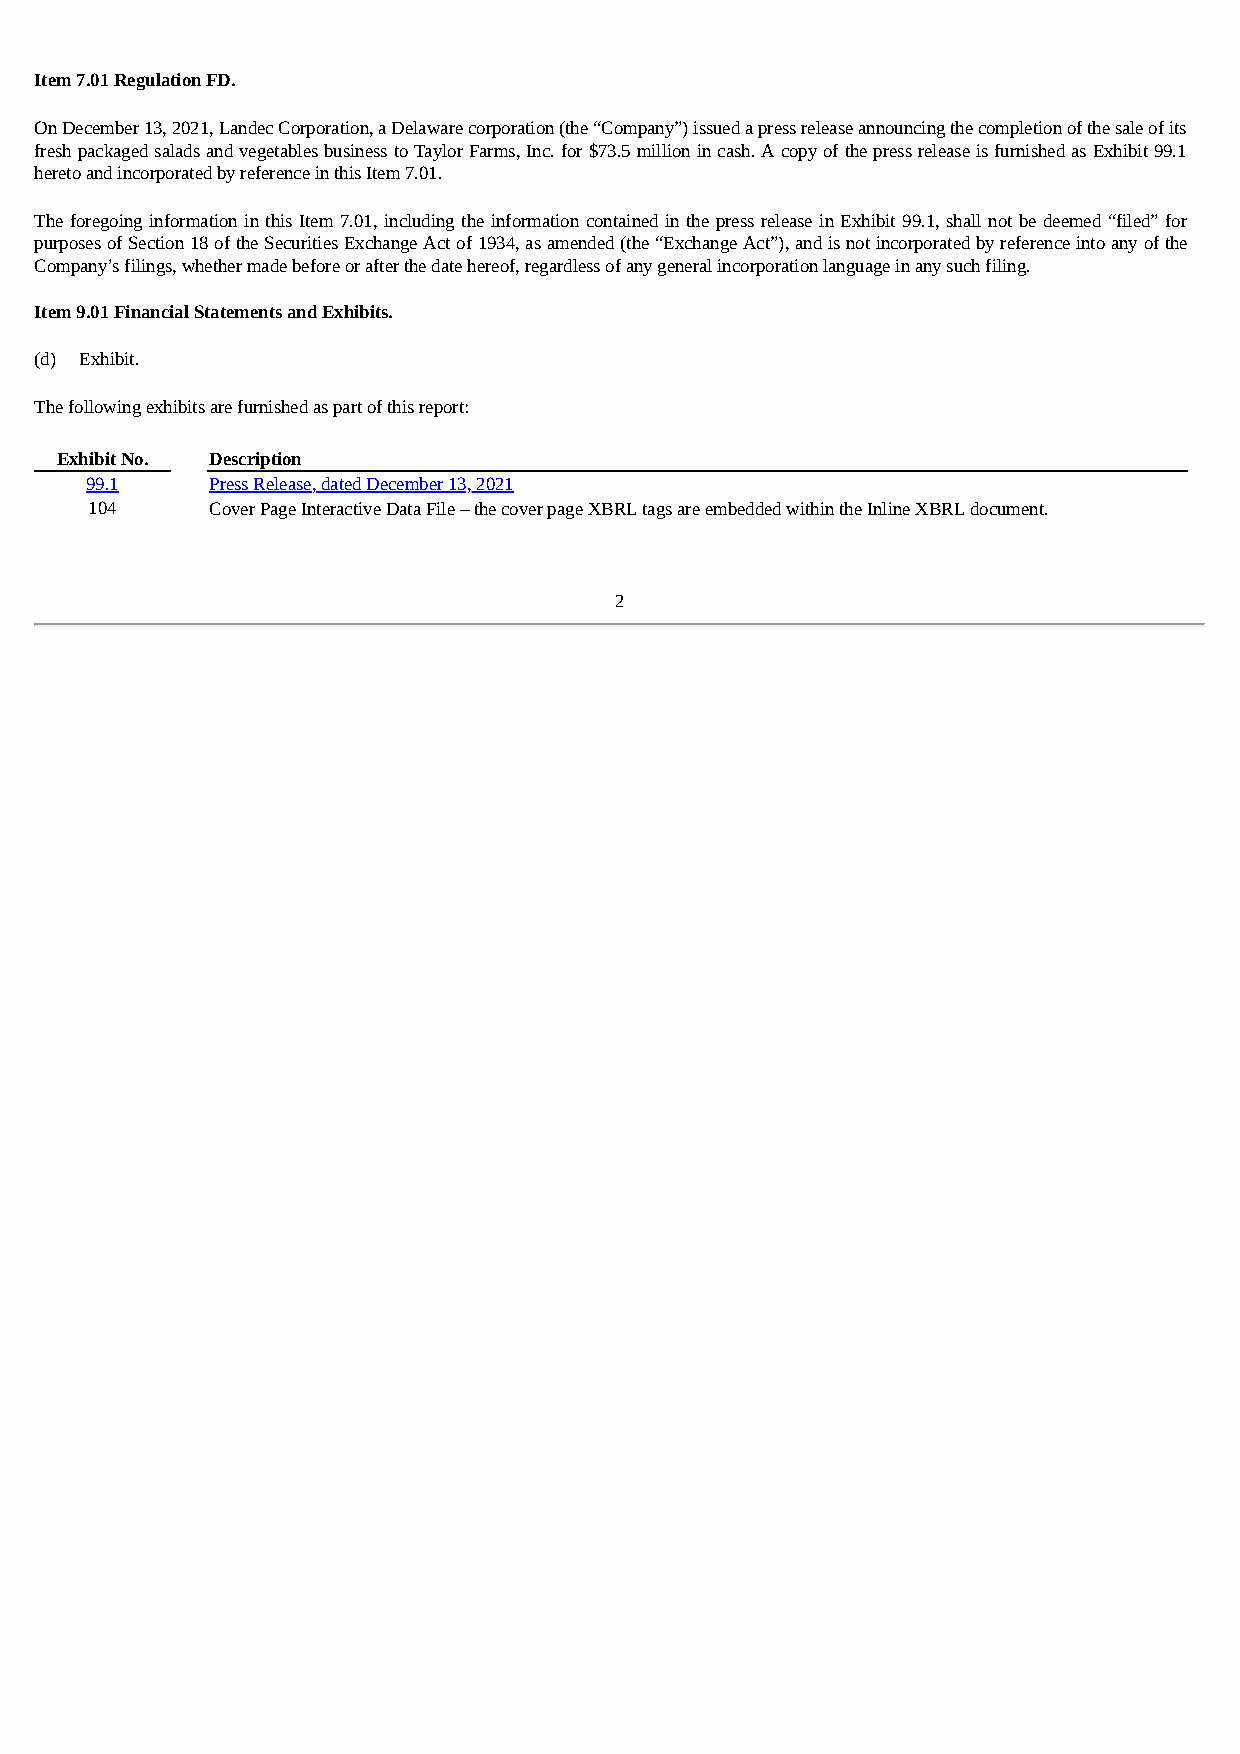
Item 7.01 Regulation FD.
 On December 13, 2021, Landec Corporation, a Delaware corporation (the “Company”) issued a press release announcing the completion of the sale of its
 fresh packaged salads and vegetables business to Taylor Farms, Inc. for $73.5 million in cash. A copy of the press release is furnished as Exhibit 99.1
 hereto and incorporated by reference in this Item 7.01.
 The foregoing information in this Item 7.01, including the information contained in the press release in Exhibit 99.1, shall not be deemed “filed” for
 purposes of Section 18 of the Securities Exchange Act of 1934, as amended (the “Exchange Act”), and is not incorporated by reference into any of the
 Company’s filings, whether made before or after the date hereof, regardless of any general incorporation language in any such filing.
 Item 9.01 Financial Statements and Exhibits.
 (d) Exhibit.
 The following exhibits are furnished as part of this report:
 Exhibit No. Description
 99.1    Press Release, dated December 13, 2021
 104     Cover Page Interactive Data File – the cover page XBRL tags are embedded within the Inline XBRL document.
 2